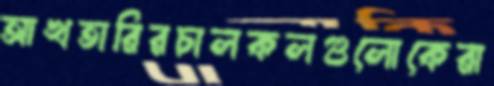
আখতারিরচালকলগুলোকেরা